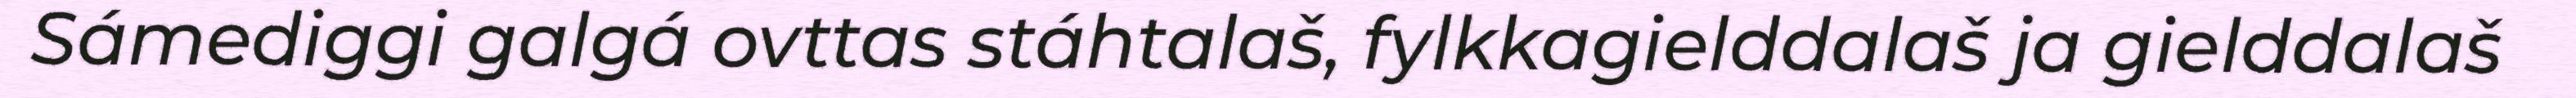
Sámediggi galgá ovttas stáhtalaš, fylkkagielddalaš ja gielddalaš